Report on malaria in the Punjab during the year ...  together with an account of the work of the Punjab Malaria Bureau - Volume 4
Disease focus: Malaria
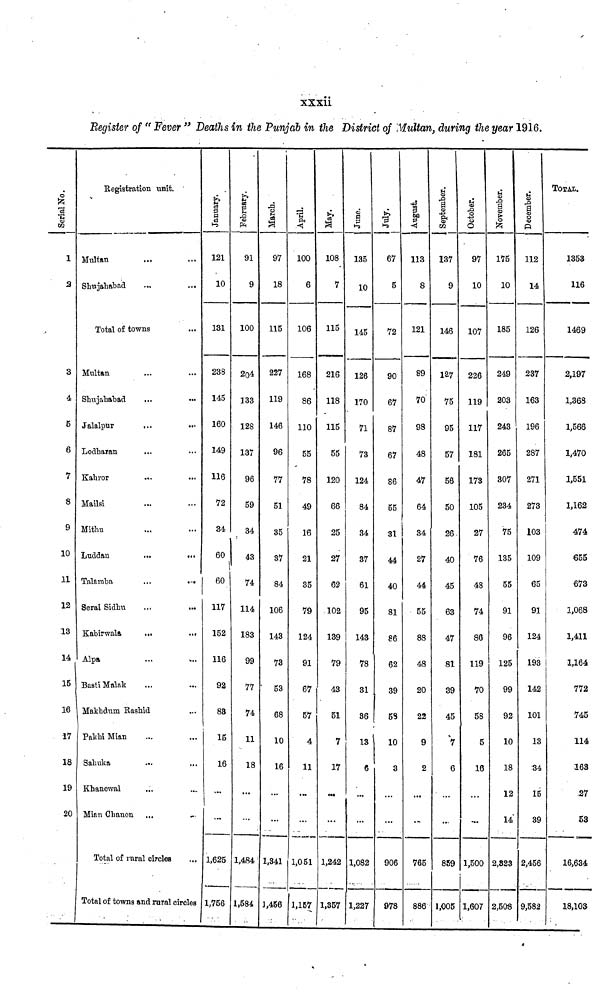
xxxii
Register of " Fever " Deaths in the Punjab in the District of Multan, during the year 1916.
Serial No.
1
2
3
4
5
6
7
8
9
10
11
12
18
14
15
16
17
18
19
20
Registration unit.
Multan
Shujahabad
Total of towns
Multan
Shujahabad
Jalalpur
...
Lodharan
Kahror
Mailsi
Mithu
Luddan
...
•••
Talamba
...
...
Serai Sidhu
Kabirwala
...
...
Alpa
•••
...
Basti Malak
Makhdum Rashid
Pakhi Mian
Sahuka
Khanewal
Mian Chanen
Total of rural circles
Total of towns and rural circle
121
10
131
238
145
160
149
116
72
34
60
60
117
152
116
92
83
15
16
. 1,625
1,756
I
5-
•s
PH
91
9
100
204
133
128
137
96
59
34
43
74
114
183
99
77
74
11
18
1,484
1,584
March.
97
18
115
227
119
146
96
77
51
35
37
84
106
143
73
53
68
10
16
1,341
1,456
April.
100
6
106
168
86
110
55
78
49
16
21
35
79
124
91
67
57
4
11
1,051
1,157
108
7
115
216
118
115
55
120
66
25
27
62
102
139
79
43
51
7
17
1,242
1,357
June.
135
10
145
126
170
71
73
124
84
34
37
61
95
143
78
31
86
13
6
1,082
1,227
67
5
72
90
67
87
67
86
55
31
44
40
81
86
62
39
5S
10
3
906
978
I
113
8
121
89
70'
98
48
47
64
34
27
44
55
88
48
20
22
9
2
765
886
September
137
9
146
127
75
95
57
56
50
26
40
45
63
47
81
39
45
V
6
859
l,005
October.
97
10
107
226
119
117
181
173
105
27
76
48
74
86
119
70
58
5
16
1,500
1,607
November,
175
10
185
249
203
243
265
307
234
75
135
55
91
96
125
99
92
10
18
12
14
2,823
2,508
December.
112
14
126
237
163
196
287
271
273
103
109
65
91
124
193
142
101
13
34
15
39
2,456
9,582
TOTAL.
1353
116
1469
2,197
1,868
1,566
1,470
1,551
1,162
474
655
673
1,068
1,411
1,164
772
745
114
163
27
53
16,634
18,103